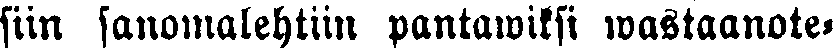
sun sanomalehtiin pantawiksi wastaanote-